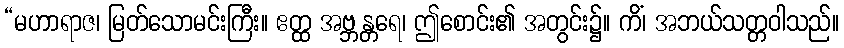
“မဟာရာဇ၊ မြတ်သောမင်းကြီး။ ဧတ္ထ အဗ္ဘန္တရေ၊ ဤစောင်း၏ အတွင်း၌။ ကိံ၊ အဘယ်သတ္တဝါသည်။